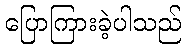
ပြောကြားခဲ့ပါသည်